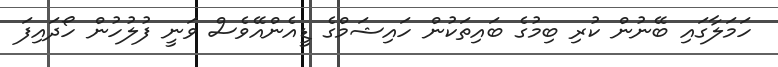
ހަމަލާގައި ބޭނުން ކުރި ބިމުގެ ބައިތަކުން ހައިޝަމްގެ ޑީއެންއޭވެސް ވަނީ ފުލުހުން ހޯދައިފަ